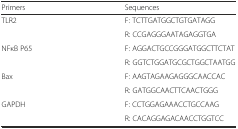
<table><thead><tr><td><b>Primers</b></td><td><b>Sequences</b></td></tr></thead><tbody><tr><td>TLR2</td><td>F: TCTTGATGGCTGTGATAGG</td></tr><tr><td></td><td>R: CCGAGGGAATAGAGGTGA</td></tr><tr><td>NFκB P65</td><td>F: AGGACTGCCGGGATGGCTTCTAT</td></tr><tr><td></td><td>R: GGTCTGGATGCGCTGGCTAATGG</td></tr><tr><td>Bax</td><td>F: AAGTAGAAGAGGGCAACCAC</td></tr><tr><td></td><td>R: GATGGCAACTTCAACTGGG</td></tr><tr><td>GAPDH</td><td>F: CCTGGAGAAACCTGCCAAG</td></tr><tr><td></td><td>R: CACAGGAGACAACCTGGTCC</td></tr></tbody></table>